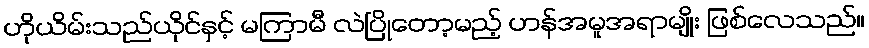
ဟိုယိမ်းသည်ယိုင်နှင့် မကြာမီ လဲပြိုတော့မည့် ဟန်အမူအရာမျိုး ဖြစ်လေသည်။